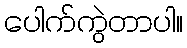
ပေါက်ကွဲတာပါ။